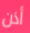
أذن